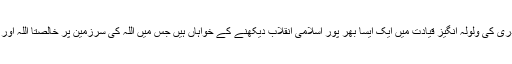
اور اپنے محبوب قائد شیخ الاسلام ڈاکٹر محمد طاہرالقادری کی ولولہ انگیز قیادت میں ایک ایسا بھر پور اسلامی انقلاب دیکھنے کے خواہاں ہیں جس میں اللہ کی سرزمین پر خالصتاً اللہ اور اس کے رسول صلی اللہ علیہ والہ وسلم کا نظام نافذ ہو۔